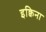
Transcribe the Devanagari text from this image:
इक्विना